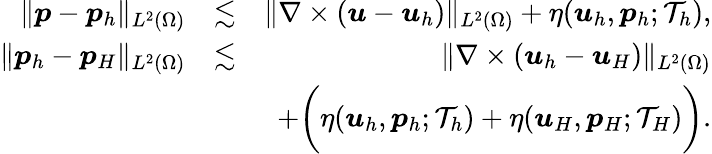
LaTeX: \begin{array}{rlr}{\| \boldsymbol{p}-\boldsymbol{p}_{h}\| _{L^{2}(\Omega)}}&{\lesssim}&{\| \nabla\times(\boldsymbol{u}-\boldsymbol{u}_{h})\| _{L^{2}(\Omega)}+\eta(\boldsymbol{u}_{h},\boldsymbol{p}_{h};\mathcal{T}_{h}),}\\ {\| \boldsymbol{p}_{h}-\boldsymbol{p}_{H}\| _{L^{2}(\Omega)}}&{\lesssim}&{\| \nabla\times(\boldsymbol{u}_{h}-\boldsymbol{u}_{H})\| _{L^{2}(\Omega)}}\\ &{}&{+\bigg(\eta(\boldsymbol{u}_{h},\boldsymbol{p}_{h};\mathcal{T}_{h})+\eta(\boldsymbol{u}_{H},\boldsymbol{p}_{H};\mathcal{T}_{H})\bigg).}\end{array}